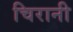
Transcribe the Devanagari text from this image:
चिरानी